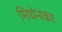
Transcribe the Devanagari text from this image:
मिथेनका